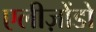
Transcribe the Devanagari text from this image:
एलीज़ोंडो